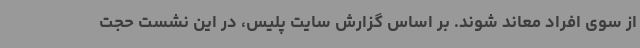
از سوی افراد معاند شوند. بر اساس گزارش سایت پلیس، در این نشست حجت